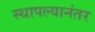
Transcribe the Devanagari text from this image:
स्थापल्यानंतर